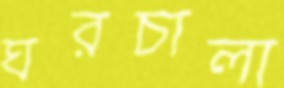
ঘরচালা